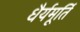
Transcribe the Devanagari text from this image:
धैर्यमूर्ति